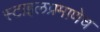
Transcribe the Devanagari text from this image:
स्टाइलप्रमाणेच